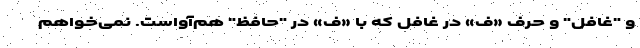
و "غافل" و حرف «ف» در غافل که با «ف» در "حافظ" هم‌آواست. نمی‌خواهم